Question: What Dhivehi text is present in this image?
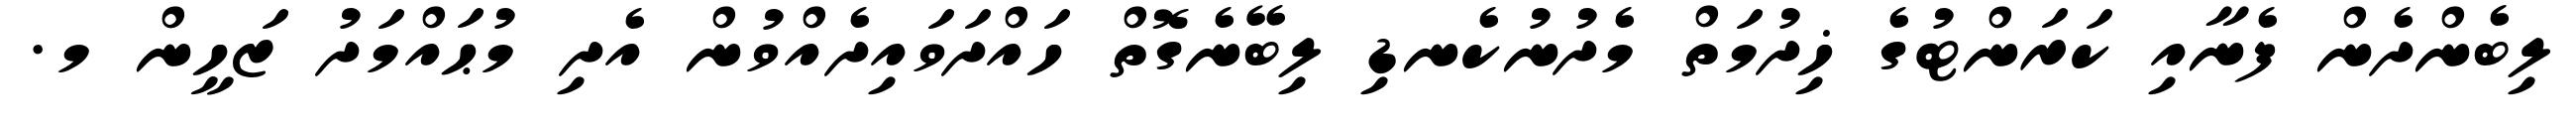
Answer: ލިބެންދެން ފެނާއި ކަރަންޓުގެ ޚިދުމަތް މެދުނުކެނޑި ލިބޭނެގޮތް ހައްދަވައިދެއްވުން އެދި މުޙައްމަދު ޒަހީން މ.